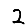
Digit: 2